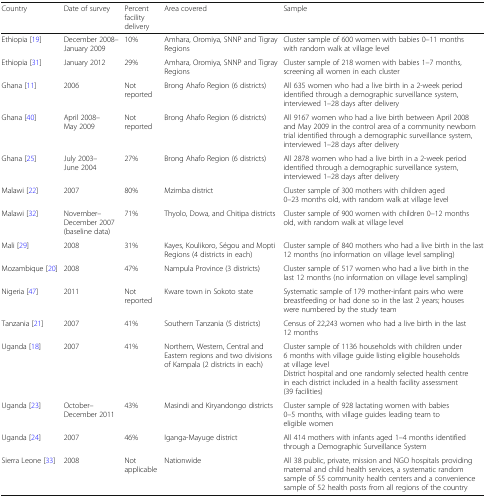
<table><thead><tr><td><b>Country</b></td><td><b>Date of survey</b></td><td><b>Percent facility delivery</b></td><td><b>Area covered</b></td><td><b>Sample</b></td></tr></thead><tbody><tr><td>Ethiopia [19]</td><td>December 2008–January 2009</td><td>10%</td><td>Amhara, Oromiya, SNNP and Tigray Regions</td><td>Cluster sample of 600 women with babies 0–11 months with random walk at village level</td></tr><tr><td>Ethiopia [31]</td><td>January 2012</td><td>29%</td><td>Amhara, Oromiya, SNNP and Tigray Regions</td><td>Cluster sample of 218 women with babies 1–7 months, screening all women in each cluster</td></tr><tr><td>Ghana [11]</td><td>2006</td><td>Not reported</td><td>Brong Ahafo Region (6 districts)</td><td>All 635 women who had a live birth in a 2-week period identified through a demographic surveillance system, interviewed 1–28 days after delivery</td></tr><tr><td>Ghana [40]</td><td>April 2008–May 2009</td><td>Not reported</td><td>Brong Ahafo Region (6 districts)</td><td>All 9167 women who had a live birth between April 2008 and May 2009 in the control area of a community newborn trial identified through a demographic surveillance system, interviewed 1–28 days after delivery</td></tr><tr><td>Ghana [25]</td><td>July 2003–June 2004</td><td>27%</td><td>Brong Ahafo Region (6 districts)</td><td>All 2878 women who had a live birth in a 2-week period identified through a demographic surveillance system, interviewed 1–28 days after delivery</td></tr><tr><td>Malawi [22]</td><td>2007</td><td>80%</td><td>Mzimba district</td><td>Cluster sample of 300 mothers with children aged 0–23 months old, with random walk at village level</td></tr><tr><td>Malawi [32]</td><td>November–December 2007 (baseline data)</td><td>71%</td><td>Thyolo, Dowa, and Chitipa districts</td><td>Cluster sample of 900 women with children 0–12 months old, with random walk at village level</td></tr><tr><td>Mali [29]</td><td>2008</td><td>31%</td><td>Kayes, Koulikoro, Ségou and Mopti Regions (4 districts in each)</td><td>Cluster sample of 840 mothers who had a live birth in the last 12 months (no information on village level sampling)</td></tr><tr><td>Mozambique [20]</td><td>2008</td><td>47%</td><td>Nampula Province (3 districts)</td><td>Cluster sample of 517 women who had a live birth in the last 12 months (no information on village level sampling)</td></tr><tr><td>Nigeria [47]</td><td>2011</td><td>Not reported</td><td>Kware town in Sokoto state</td><td>Systematic sample of 179 mother-infant pairs who were breastfeeding or had done so in the last 2 years; houses were numbered by the study team</td></tr><tr><td>Tanzania [21]</td><td>2007</td><td>41%</td><td>Southern Tanzania (5 districts)</td><td>Census of 22,243 women who had a live birth in the last 12 months</td></tr><tr><td>Uganda [18]</td><td>2007</td><td>41%</td><td>Northern, Western, Central and Eastern regions and two divisions of Kampala (2 districts in each)</td><td>Cluster sample of 1136 households with children under 6 months with village guide listing eligible households at village levelDistrict hospital and one randomly selected health centre in each district included in a health facility assessment (39 facilities)</td></tr><tr><td>Uganda [23]</td><td>October–December 2011</td><td>43%</td><td>Masindi and Kiryandongo districts</td><td>Cluster sample of 928 lactating women with babies 0–5 months, with village guides leading team to eligible women</td></tr><tr><td>Uganda [24]</td><td>2007</td><td>46%</td><td>Iganga-Mayuge district</td><td>All 414 mothers with infants aged 1–4 months identified through a Demographic Surveillance System</td></tr><tr><td>Sierra Leone [33]</td><td>2008</td><td>Not applicable</td><td>Nationwide</td><td>All 38 public, private, mission and NGO hospitals providing maternal and child health services, a systematic random sample of 55 community health centers and a convenience sample of 52 health posts from all regions of the country</td></tr></tbody></table>